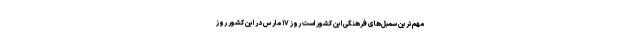
مهم‌ترین سمبل‌های فرهنگی این کشور است روز ۱۷ مارس در این کشور روز